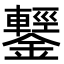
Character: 鑋